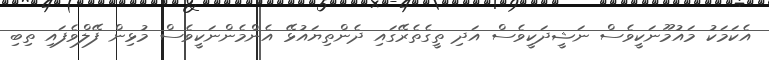
އެކަމަކު މައުމޫނަކީވެސް ނަޝީދަކީވެސް އަދި ތީގެތެރޭގައި ދެންތިޔައުޅޭ އެންމެންނަކީވެސް މުޅިން ފޭލްވެފައި ތިބި